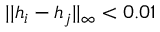
| | h _ { i } - h _ { j } | | _ { \infty } < 0 . 0 1